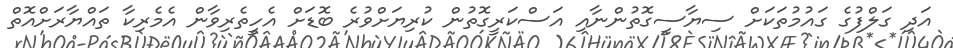
އަދި ގަލްފުގެ ގައުމުތަކަށް ސިޔާސީގޮތުންނާއި އަސްކަރީގޮތުން ކުރިޔަށްވުރެ ބޮޑަށް އެހީތެރިވާން އެމެރިކާ ތައްޔާރަށްއޮތް